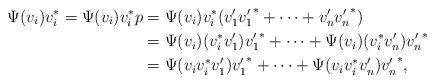
\begin{align*}\Psi(v_i)v_i^* = \Psi(v_i)v_i^*p &= \Psi(v_i)v_i^* (v'_1{v'_1}^*+\cdots+v'_n{v'_n}^*)\\&= \Psi(v_i)(v_i^*v'_1){v'_1}^*+\cdots+\Psi(v_i)(v_i^*v'_n){v'_n}^*\\&= \Psi(v_iv_i^*v'_1){v'_1}^*+\cdots+\Psi(v_iv_i^*v'_n){v'_n}^*,\end{align*}